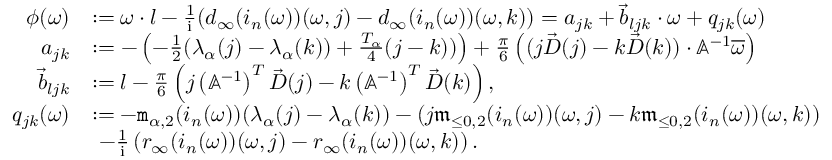
\begin{array} { r l } { \phi ( \omega ) } & { : = \omega \cdot l - \frac { 1 } { \mathrm { i } } ( d _ { \infty } ( i _ { n } ( \omega ) ) ( \omega , j ) - d _ { \infty } ( i _ { n } ( \omega ) ) ( \omega , k ) ) = a _ { j k } + \vec { b } _ { l j k } \cdot \omega + q _ { j k } ( \omega ) } \\ { a _ { j k } } & { : = - \left( - \frac { 1 } { 2 } ( \lambda _ { \alpha } ( j ) - \lambda _ { \alpha } ( k ) ) + \frac { T _ { \alpha } } 4 ( j - k ) ) \right) + \frac { \pi } 6 \left( ( j \vec { D } ( j ) - k \vec { D } ( k ) ) \cdot \mathbb { A } ^ { - 1 } \overline { { \omega } } \right) } \\ { \vec { b } _ { l j k } } & { : = l - \frac { \pi } 6 \left( j \left( \mathbb { A } ^ { - 1 } \right) ^ { T } \vec { D } ( j ) - k \left( \mathbb { A } ^ { - 1 } \right) ^ { T } \vec { D } ( k ) \right) , } \\ { q _ { j k } ( \omega ) } & { : = - \mathtt { m } _ { \alpha , 2 } ( i _ { n } ( \omega ) ) ( \lambda _ { \alpha } ( j ) - \lambda _ { \alpha } ( k ) ) - ( j \mathfrak { m } _ { \le 0 , 2 } ( i _ { n } ( \omega ) ) ( \omega , j ) - k \mathfrak { m } _ { \le 0 , 2 } ( i _ { n } ( \omega ) ) ( \omega , k ) ) } \\ & { \ - \frac { 1 } { \mathrm { i } } \left( r _ { \infty } ( i _ { n } ( \omega ) ) ( \omega , j ) - r _ { \infty } ( i _ { n } ( \omega ) ) ( \omega , k ) \right) . } \end{array}